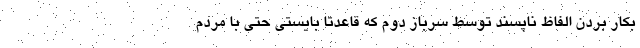
بکار بردن الفاظ ناپسند توسط سرباز دوم که قاعدتا بایستی حتی با مردم